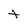
Character: t